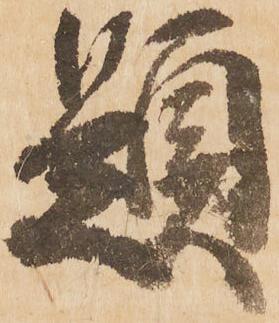
題